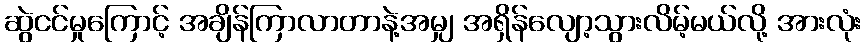
ဆွဲငင်မှုကြောင့် အချိန်ကြာလာတာနဲ့အမျှ အရှိန်လျော့သွားလိမ့်မယ်လို့ အားလုံး